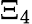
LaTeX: \Xi_{4}